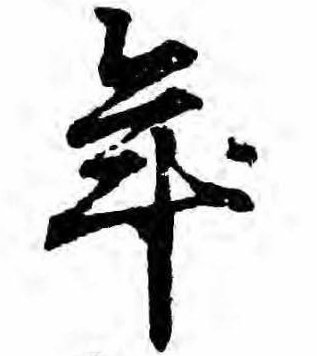
年